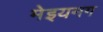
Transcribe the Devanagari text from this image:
मेइयनग